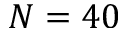
N = 4 0